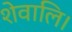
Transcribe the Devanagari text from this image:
शेवालि।